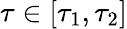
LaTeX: \tau\in[\tau_{1},\tau_{2}]